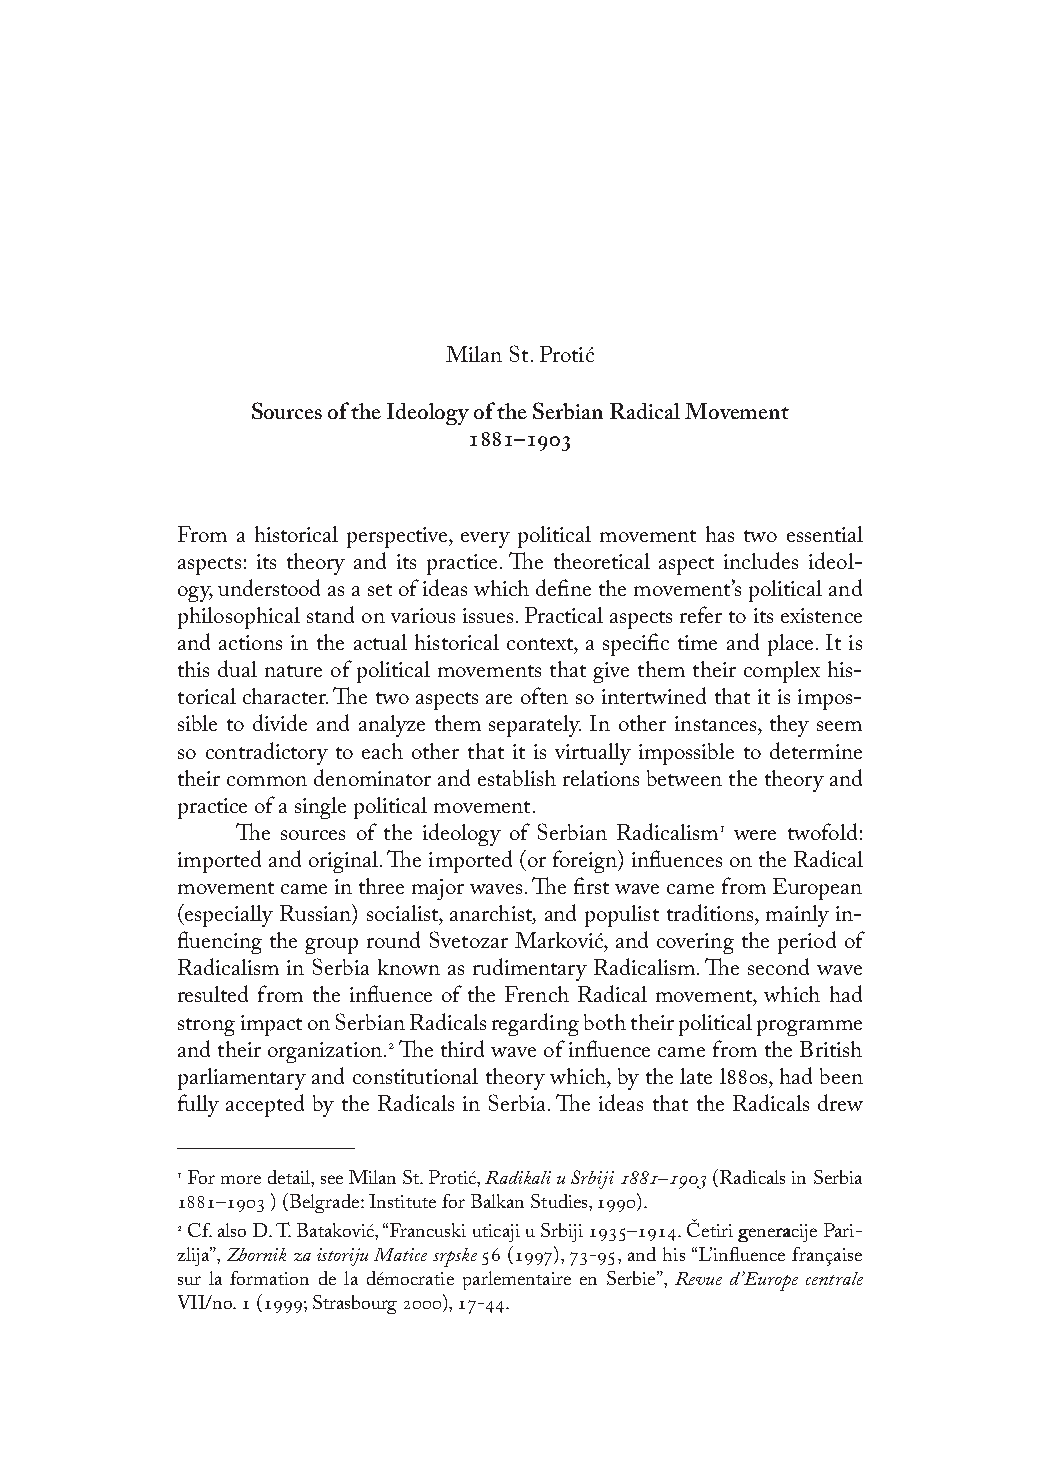
Milan St. Protić
 Sources of the Ideology of the Serbian Radical Movement
 –
 From a historical perspective, every political movement has two essential
 aspects: its theory and its practice. The theoretical aspect includes ideol-
 ogy, understood as a set of ideas which define the movement’s political and
 philosophical stand on various issues. Practical aspects refer to its existence
 and actions in the actual historical context, a specific time and place. It is
 this dual nature of political movements that give them their complex his-
 torical character. The two aspects are often so intertwined that it is impos-
 sible to divide and analyze them separately. In other instances, they seem
 so contradictory to each other that it is virtually impossible to determine
 their common denominator and establish relations between the theory and
 practice of a single political movement.
 The sources of the ideology of Serbian Radicalism were twofold:
 imported and original. The imported (or foreign) influences on the Radical
 movement came in three major waves. The first wave came from European
 (especially Russian) socialist, anarchist, and populist traditions, mainly in-
 fluencing the group round Svetozar Marković, and covering the period of
 Radicalism in Serbia known as rudimentary Radicalism. The second wave
 resulted from the influence of the French Radical movement, which had
 strong impact on Serbian Radicals regarding both their political programme
 and their organization. The third wave of influence came from the British
 parliamentary and constitutional theory which, by the late ls, had been
 fully accepted by the Radicals in Serbia. The ideas that the Radicals drew
  For more detail, see Milan St. Protić, Radikali u Srbiji – (Radicals in Serbia
 – ) (Belgrade: Institute for Balkan Studies, ).
  Cf. also D. T. Bataković, “Francuski uticaji u Srbiji –. Četiri ggeenneerraacciijjee PPPaaarrriii---
 zlija”, Zbornik za istoriju Matice srpske  (), -, and his “L’influence française
 sur la formation de la démocratie parlementaire en Serbie”, Revue d’Europe centrale
 VII/no.  (; Strasbourg ), -.